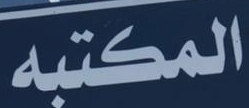
المكتبه